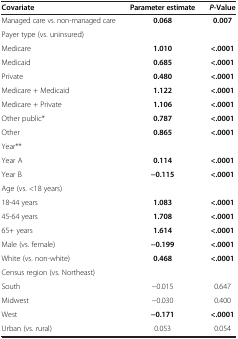
<table><thead><tr><td><b>Covariate</b></td><td><b>Parameter estimate</b></td><td><b><i>P</i>-Value</b></td></tr></thead><tbody><tr><td>Managed care vs. non-managed care</td><td><b>0.068</b></td><td><b>0.007</b></td></tr><tr><td colspan="3">Payer type (vs. uninsured)</td></tr><tr><td>Medicare</td><td><b>1.010</b></td><td><b>&lt;.0001</b></td></tr><tr><td>Medicaid</td><td><b>0.685</b></td><td><b>&lt;.0001</b></td></tr><tr><td>Private</td><td><b>0.480</b></td><td><b>&lt;.0001</b></td></tr><tr><td>Medicare + Medicaid</td><td><b>1.122</b></td><td><b>&lt;.0001</b></td></tr><tr><td>Medicare + Private</td><td><b>1.106</b></td><td><b>&lt;.0001</b></td></tr><tr><td>Other public*</td><td><b>0.787</b></td><td><b>&lt;.0001</b></td></tr><tr><td>Other</td><td><b>0.865</b></td><td><b>&lt;.0001</b></td></tr><tr><td colspan="3">Year**</td></tr><tr><td>Year A</td><td><b>0.114</b></td><td><b>&lt;.0001</b></td></tr><tr><td>Year B</td><td><b>−0.115</b></td><td><b>&lt;.0001</b></td></tr><tr><td colspan="3">Age (vs. &lt;18 years)</td></tr><tr><td>18-44 years</td><td><b>1.083</b></td><td><b>&lt;.0001</b></td></tr><tr><td>45-64 years</td><td><b>1.708</b></td><td><b>&lt;.0001</b></td></tr><tr><td>65+ years</td><td><b>1.614</b></td><td><b>&lt;.0001</b></td></tr><tr><td>Male (vs. female)</td><td><b>−0.199</b></td><td><b>&lt;.0001</b></td></tr><tr><td>White (vs. non-white)</td><td><b>0.468</b></td><td><b>&lt;.0001</b></td></tr><tr><td colspan="3">Census region (vs. Northeast)</td></tr><tr><td>South</td><td>−0.015</td><td>0.647</td></tr><tr><td>Midwest</td><td>−0.030</td><td>0.400</td></tr><tr><td>West</td><td><b>−0.171</b></td><td><b>&lt;.0001</b></td></tr><tr><td>Urban (vs. rural)</td><td>0.053</td><td>0.054</td></tr></tbody></table>